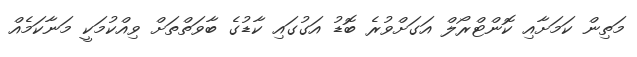
މަތިން ކަމަށާއި ކޮންޓްރޯލް އަގަށްވުރެ ބޮޑު އަގުގައި ކާޑުގެ ބާވަތްތަށް ވިއްކުމަކީ މަނާކަމެއް